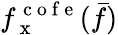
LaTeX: f_{\mathrm{~x~}}^{\mathrm{~c~o~f~e~}}(\bar{f})